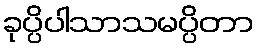
ခုပ္ပိပါသာသမပ္ပိတာ